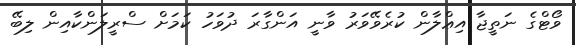
ވޯޓްގެ ނަތީޖާ އިޢްލާން ކުރެވޭވަރު ވާނީ އަންގާރަ ދުވަހު ކަމަށް ސްރީލަންކާއިން ލިބޭ